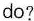
do?